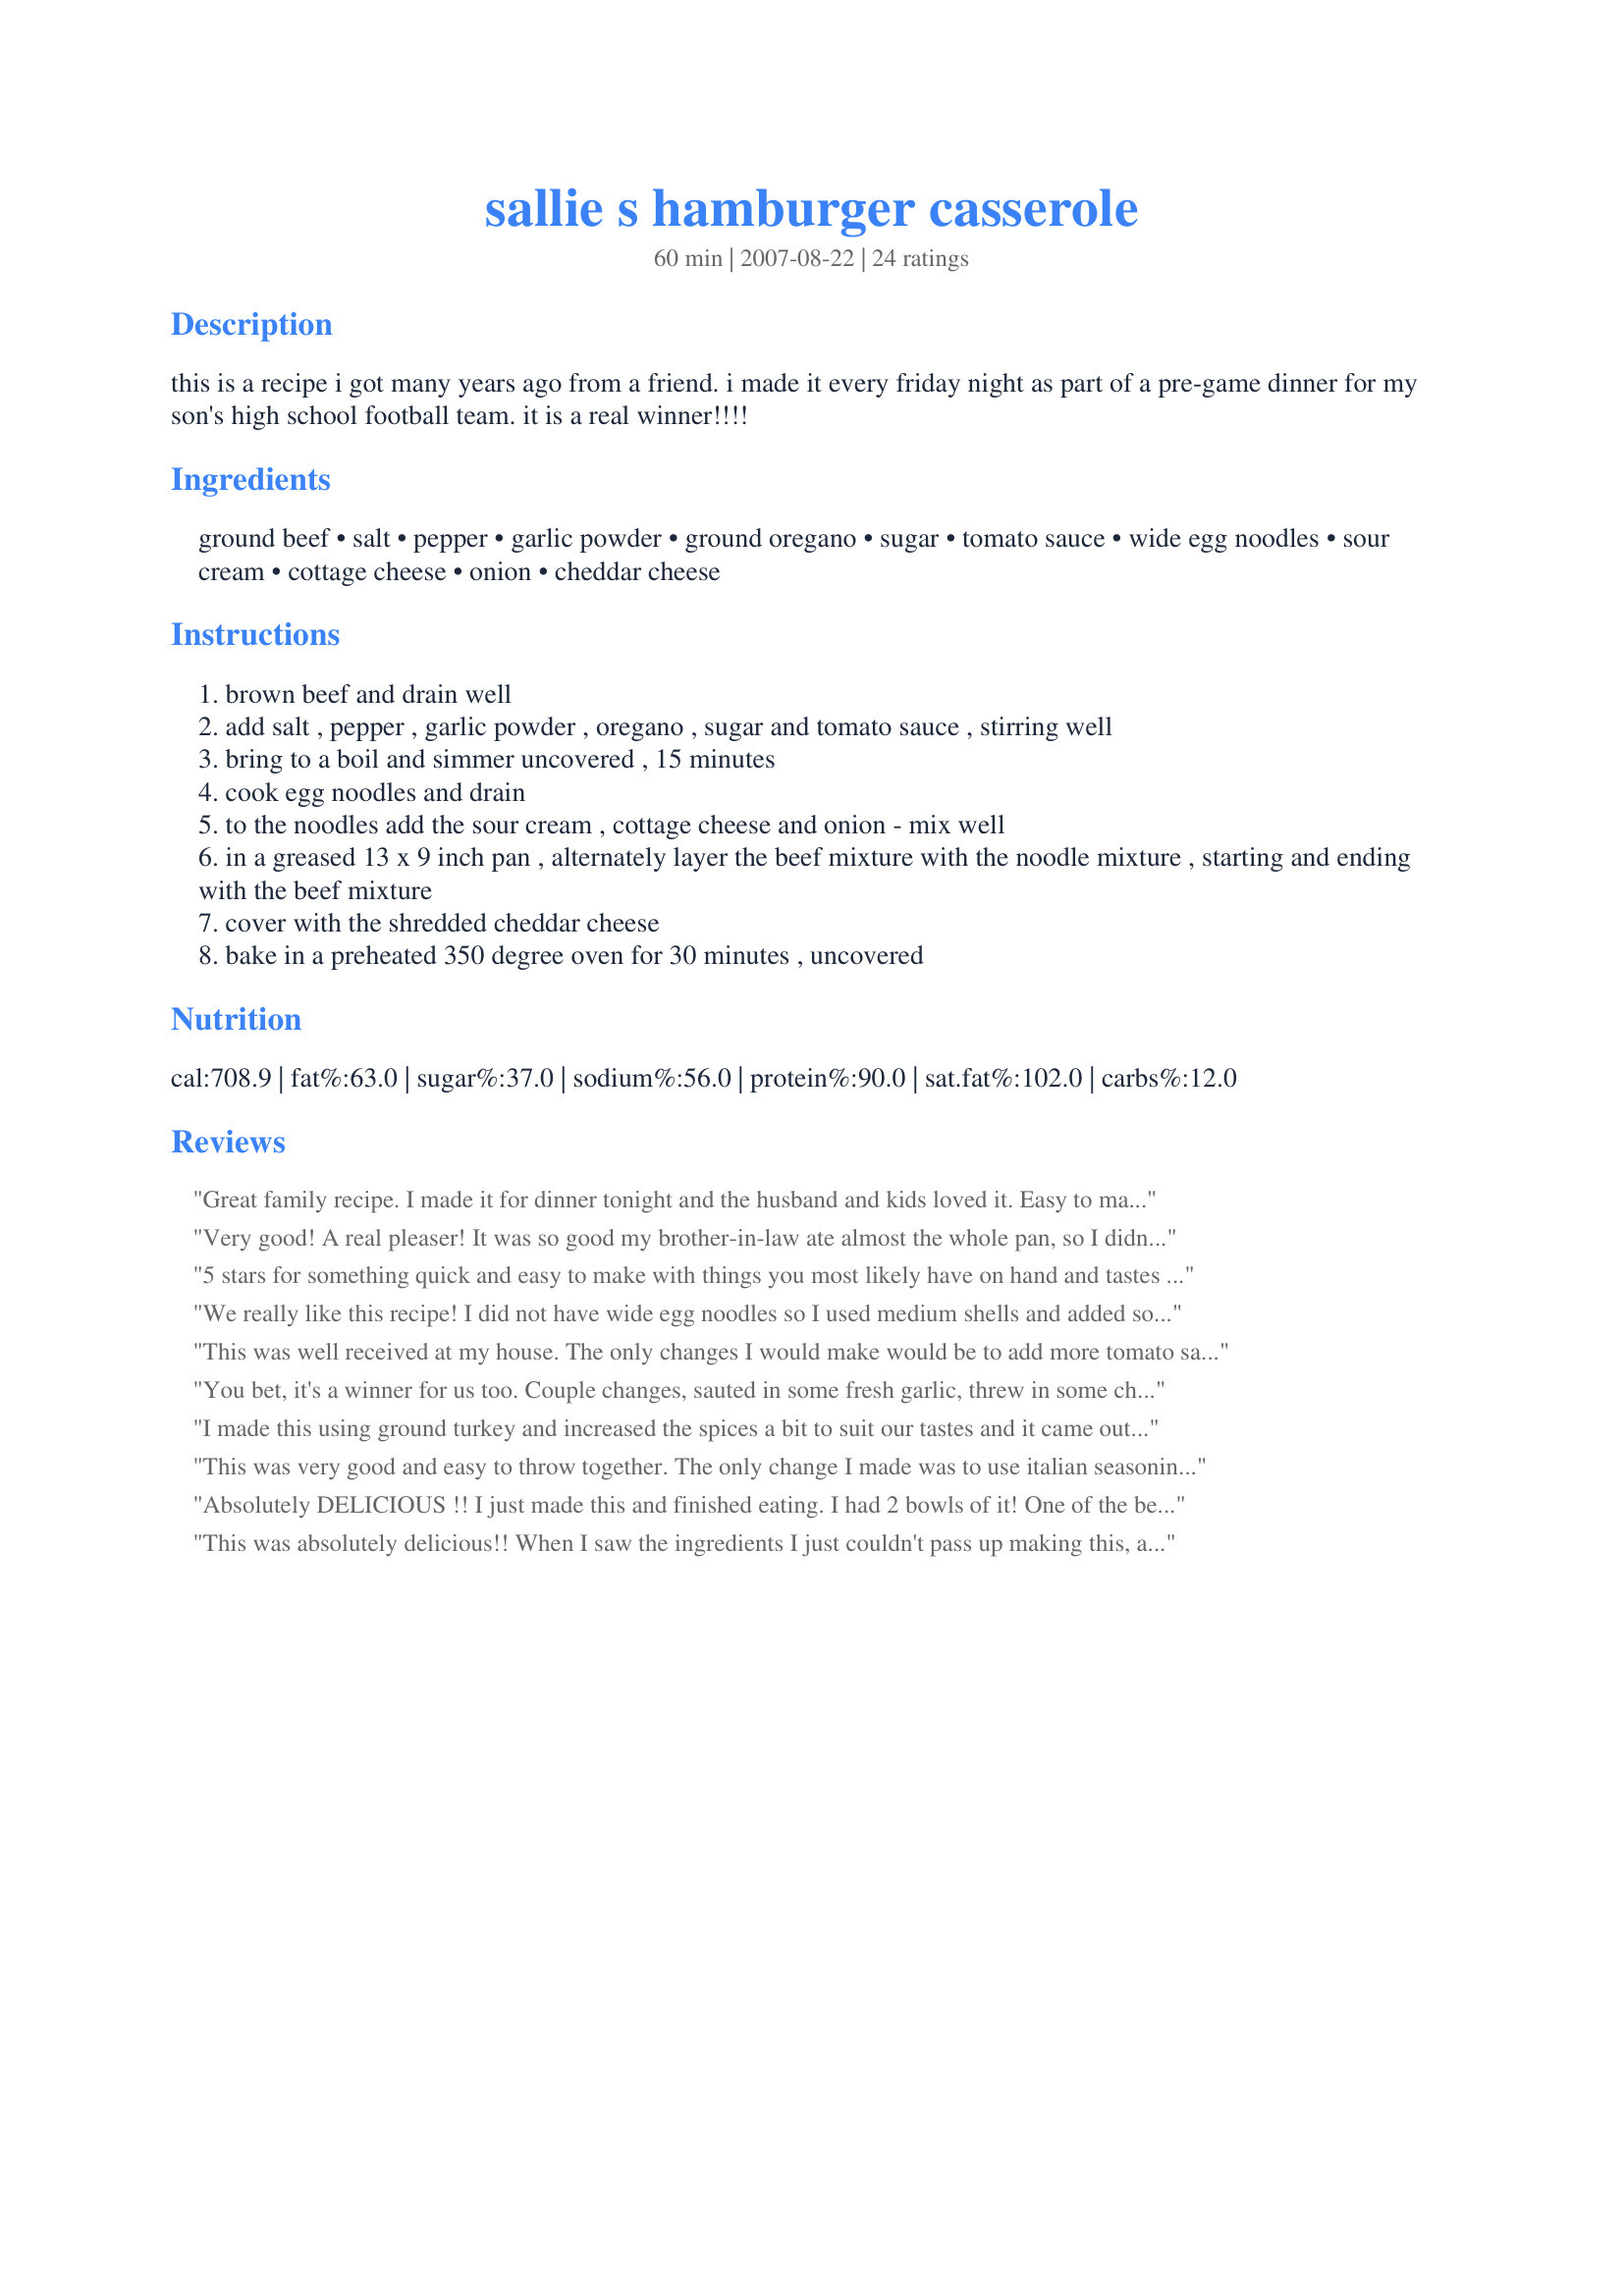
sallie s hamburger casserole
Preparation time: 60 minutes

this is a recipe i got many years ago from a friend. i made it every friday night as part of a pre-game dinner for my son's high school football team. it is a real winner!!!!

Ingredients:
ground beef, salt, pepper, garlic powder, ground oregano, sugar, tomato sauce, wide egg noodles, sour cream, cottage cheese, onion, cheddar cheese

Steps:
brown beef and drain well
add salt , pepper , garlic powder , oregano , sugar and tomato sauce , stirring well
bring to a boil and simmer uncovered , 15 minutes
cook egg noodles and drain
to the noodles add the sour cream , cottage cheese and onion - mix well
in a greased 13 x 9 inch pan , alternately layer the beef mixture with the noodle mixture , starting and ending with the beef mixture
cover with the shredded cheddar cheese
bake in a preheated 350 degree oven for 30 minutes , uncovered

Reviews:
Great family recipe. I made it for dinner tonight and the husband and kids loved it. Easy to make and very filling. Thanks for a wonderful recipe.
Very good! A real pleaser! It was so good my brother-in-law ate almost the whole pan, so I didn't get any leftovers. We're making this again tonight, the 2nd time in a week. Maybe we'll get leftovers this time. :)
5 stars for something quick and easy to make with things you most likely have on hand and tastes really good. You can't beat that! The only thing I did different was saute the onions and some garlic while browning the meat, I also used italian seasoning and added a bit more sauce. Thanks for posting!
We really like this recipe! I did not have wide egg noodles so I used medium shells and added some mozzarella in with the cheddar. Everything else was done just as written. We had for dinner last night, lunch today, and dinner again tonight so you know we like it!
This was well received at my house. The only changes I would make would be to add more tomato sauce. After seeing Tinkerbell's photo I was wondering if maybe I did something wrong; her's looks more "saucy" than mine did. This is one I will be making again though. Thanks for posting.
You bet, it's a winner for us too. Couple changes, sauted in some fresh garlic, threw in some chopped red pepper, used medium shell pasta, sub'd yogurt & abit of cream cheese for the sour cream & used a garlic peppercorn spice for the salt. We increased the meat abit & found the balance of dairy to sauce vs meat & pasta just right. Thanks for sharing your recipe.
I made this using ground turkey and increased the spices a bit to suit our tastes and it came out wonderfully. If you're crazing something like lasagna without all the work, this is a good substitute and will certainly be something we make often as the cool weather rolls in.
This was very good and easy to throw together. The only change I made was to use italian seasoning instead of the oregano. Thanks for the recipe.
Absolutely DELICIOUS !!
I just made this and finished eating. I had 2 bowls of it! 
One of the best recipes I have made on Recipezaar :) 
Definitely keeping this recipe
This was absolutely delicious!! When I saw the ingredients I just couldn't pass up making this, and I'm so glad that I tried it (so was my family). Thank you for such a tasty recipe!
This recipe was a last minute choice for a rushed dinner & we could not have been happier! It was easy (everything on hand), hot, filling & homemade. We loved that the onions went into the oven raw, as they added a nice texture to the dish at serving time. DH loved that you get noodles in every bite & we all liked the fact that it tasted pretty much like a lasagna without all the work. Thanks so much for posting a super go-to weeknight recipe, BakerNurse! Made for Fall 2008 Pick A Chef.
Winner of a recipe - I didn&#039;t change a thing!
Very good and very easy! It&#039;s like lasagna without all the work.
This is such an awesome recipe. I make it and split it between two 8x8 dishes. I often use this when I want to take someone who is sick or grieving.
Reminds me of the bolognese entres which I love dearly. Very tasty dish, I too used different pasta, and made a few changes per personal preferences, but really a great dish to through together on a weeknight.
This is very good. I didn't have noodles so I used shells, and I didn't layer it, but mixed it all together. It was still very good, very easy and very filling.
Next time I'm going to get noodles and I will put 1/2 of the onions in with the hamburger and saute them.
It's a good dish and I will fix it again. :)
Very tasty and belly warming recipe. I made this for dinner tonight. I can followed the recipe with a few minor changes. I put the onion and spices in with the hamburger as it browned, and didn't cook the sauce for 15 minutes (I didn't want it to cook down and have less sauce). I cooked the recipe in two 9" round pans, so that I could give one pan away, and it worked out perfectly. I also covered the pans so the cheese didn't get too cooked and took the foil off the last 5 minutes. The only changed I made in the ingredients is to add fresh minced garlic in stead of the powder, and I added the garlic when I added the onions to the burger. I did add three photos, but the lighting in my kitchen is terrible, but I still think they show how yummy this recipe is. thank you for sharing your recipe.
This recipe was awesome. I have a similar recipe that was getting old, so I tried this, and what a difference. My family loves it. It was so easy, so quick, and most of the ingredients I always have around my house.
I've made this several times and everyone loves it. I don't layer anything - I just mix it all together and bake. It's wonderful. Can't go wrong with this one!
Very good and very easy! It was a little salty when I made it. Probably depends on what you use for tomatoe sauce, but I won't add the salt next time.
WOW! This truly is a winner! I wish I could give more than 5 stars. The combination of the meaty sauce and the creamy noodles was outstanding, and leftovers reheated the next day were even better. This is a family pleasing, economical recipe. Thanks for posting a keeper BakerNurse. Made and enjoyed for PAC Spring '09.
This was so awesome! My idea of comfort food.
Very very good. With just minor seasoning changes. I had run across a very similar recipe years and years ago, and our family used to refer to it as poor man's lasagne. I bake it in two 9" square pans and freeze one. Ty for posting and bringing it back to my rotation.
This is so yummy. Can wait to have the leftovers tonight. So easy to put togther. I used spagetti instead of egg noodles as that is all i had.
